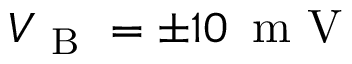
V _ { \mathrm { ~ B ~ } } = \pm 1 0 \, \mathrm { ~ m ~ V ~ }